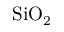
\mathrm { S i O _ { 2 } }